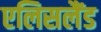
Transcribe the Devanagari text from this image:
एलिसलैंड